Annual report of the Punjab Veterinary College and of the Civil Veterinary Department, Punjab - 1920-1925
Year: 1920
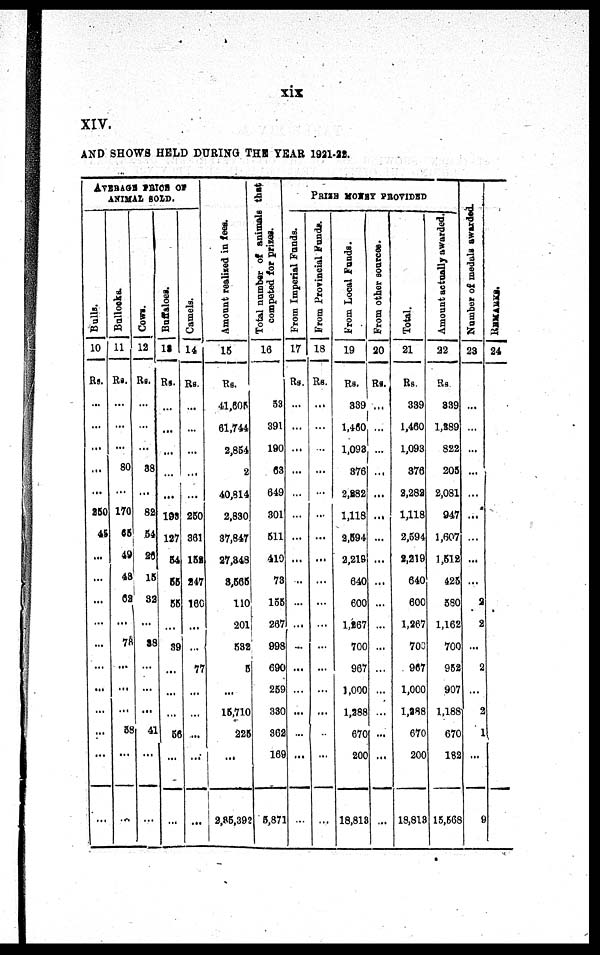
xix
XIV.
A N D SHOWS HELD DURI NG THE YEAR 1921-22.
AVERAGE PRICE OF
ANI MAL SOLD.
Bulls.
10
Rs.
...
...
...
...
...
250
45
...
...
...
...
...
...
...
...
...
...
...
Bullocks.
11
Rs.
...
...
...
80
...
170
65
49
48
62
...
78
...
...
...
58
...
...
Cows.
12
Rs.
...
...
...
88
...
82
54
26
15
32
...
38
...
...
...
41
...
...
Buffaloes.
13
Rs.
...
...
...
...
...
198
127
54
55
55
...
39
...
...
...
56
...
...
Camels.
14
Rs.
...
...
...
...
...
250
361
152
247
160
...
...
77
...
...
...
...
...
Amo u n t r e a l i s e d i n f ees.
15
Rs.
41, 605
61, 744
2, 854
2
40, 814
2, 830
37, 847
27, 848
8, 565
110
201
582
5
...
15, 710
225
...
2, 85, 392
Total number of animals that
competed for prizes.
16
53
391
190
63
649
301
511
410
73
155
267
998
690
259
330
362
169
5, 871
PRIZE MONEY PROVIDED
From Imperial Funds.
17
Rs.
...
...
...
...
...
...
...
...
...
...
...
...
...
...
...
...
...
...
From Provincial Funds.
18
Rs.
...
...
...
...
...
...
...
...
...
...
...
...
...
...
...
...
...
...
From Local Funds.
19
Rs.
339
1, 460
1, 093
376
2, 282
1, 118
2, 594
2, 219
640
600
1, 267
700
967
1, 000
1, 288
670
200
18, 813
From other sources.
20
Rs.
...
...
...
...
...
...
...
...
...
...
...
...
...
...
...
...
...
...
Total.
21
Rs.
339
1, 460
1, 093
376
3, 282
1, 118
2, 594
2, 219
640
600
1, 267
700
967
1, 000
1, 288
670
200
18, 813
Amount actually awarded.
22
Rs.
339
1, 389
822
205
2, 081
947
1, 607
1, 512
425
580
1, 162
700
952
907
1, 188
670
182
15, 568
Nu mb e
r of meduls awarde
23
...
...
...
...
...
...
...
...
...
2
2
...
2
...
2
1
...
9
REMARKS.
24